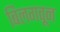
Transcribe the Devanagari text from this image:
बिलगवून